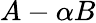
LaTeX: A-\alpha B